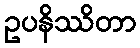
ဥပနိဿိတာ